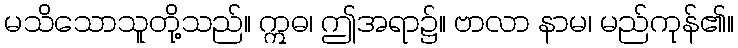
မသိသောသူတို့သည်။ ဣဓ၊ ဤအရာ၌။ ဗာလာ နာမ၊ မည်ကုန်၏။